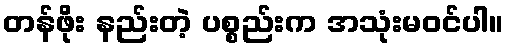
တန်ဖိုး နည်းတဲ့ ပစ္စည်းက အသုံးမဝင်ပါ။